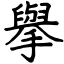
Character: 擧